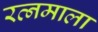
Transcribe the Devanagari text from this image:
रत्‍नमाला